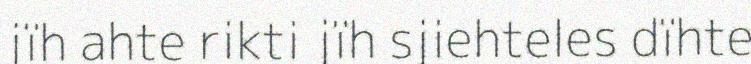
jïh ahte rikti jïh sjiehteles dïhte